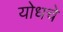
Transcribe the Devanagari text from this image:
योधचे